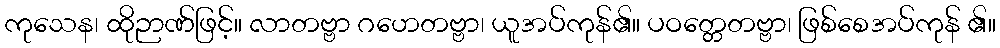
ကုသေန၊ ထိုဉာဏ်ဖြင့်။ လာတဗ္ဗာ ဂဟေတဗ္ဗာ၊ ယူအပ်ကုန်၏။ ပဝတ္တေတဗ္ဗာ၊ ဖြစ်စေအပ်ကုန် ၏။